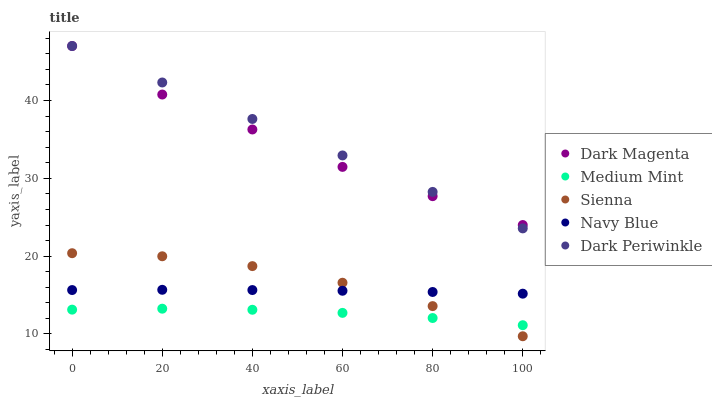
| xaxis_label | Dark Magenta | Medium Mint | Sienna | Navy Blue | Dark Periwinkle |
 | --- | --- | --- | --- | --- | --- |
 | 0 | 47 | 13.1 | 20.4 | 15.6 | 47 |
 | 20 | 40.8 | 13.2 | 20 | 15.7 | 42.3 |
 | 40 | 36.3 | 13.1 | 18.7 | 15.6 | 37.6 |
 | 60 | 31.5 | 12.7 | 16.6 | 15.5 | 32.9 |
 | 80 | 27.7 | 12 | 13.6 | 15.4 | 28.3 |
 | 100 | 24 | 11.1 | 9.71 | 15.2 | 23.6 |